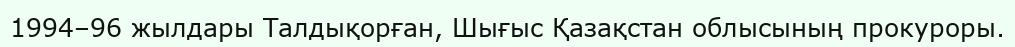
1994–96 жылдары Талдықорған, Шығыс Қазақстан облысының прокуроры.